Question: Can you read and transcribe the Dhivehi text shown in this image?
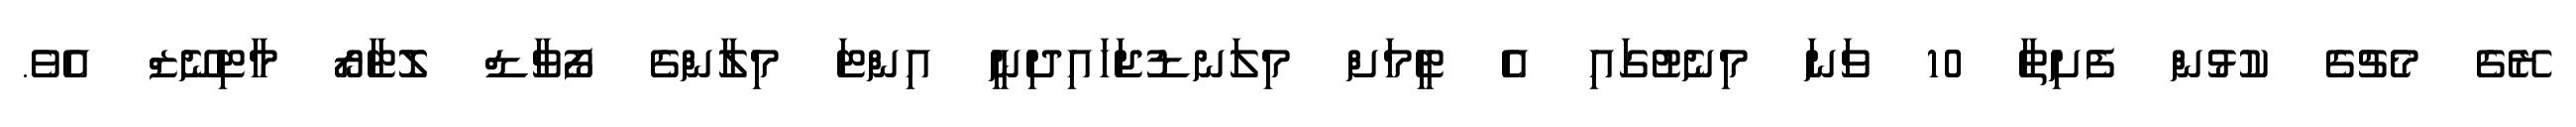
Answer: ރޭގެ މެޗުގެ ކުޅުން ފެށިތާ 10 ވަނަ މިނެޓުގައި އެ ޓީމަށް މިލަނޑުޖަހައިދިނީ އިންޓަ މިލާންގެ ފޯވާޑް ލޮޓާރޯ މާޓިނޭޒް އެވެ.